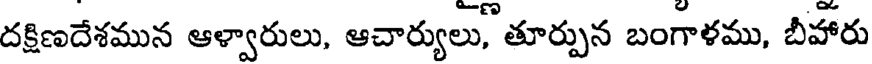
దక్షిణదేశమున ఆళ్వారులు, ఆచార్యులు, తూర్పున బంగాళము, బీహారు